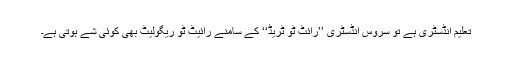
تعلیم انڈسٹری ہے تو سروس انڈسٹری ’’رائٹ ٹو ٹریڈ‘‘ کے سامنے رائیٹ ٹو ریگولیٹ بھی کوئی شے ہوتی ہے۔